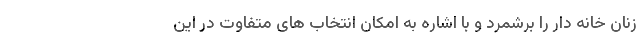
زنان خانه دار را برشمرد و با اشاره به امکان انتخاب های متفاوت در این